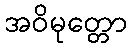
အဝိမုတ္တော